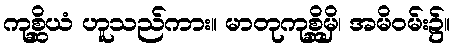
ကုစ္ဆိယံ ဟူသည်ကား။ မာတုကုစ္ဆိမှိ၊ အမိဝမ်း၌။